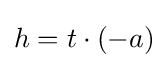
h=t\cdot (-a)